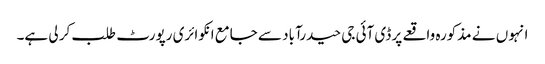
انہو ں نے مذکورہ واقعے پر ڈی آئی جی حیدرآباد سے جامع انکوائری رپورٹ طلب کر لی ہے۔